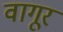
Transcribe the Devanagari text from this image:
वागूर